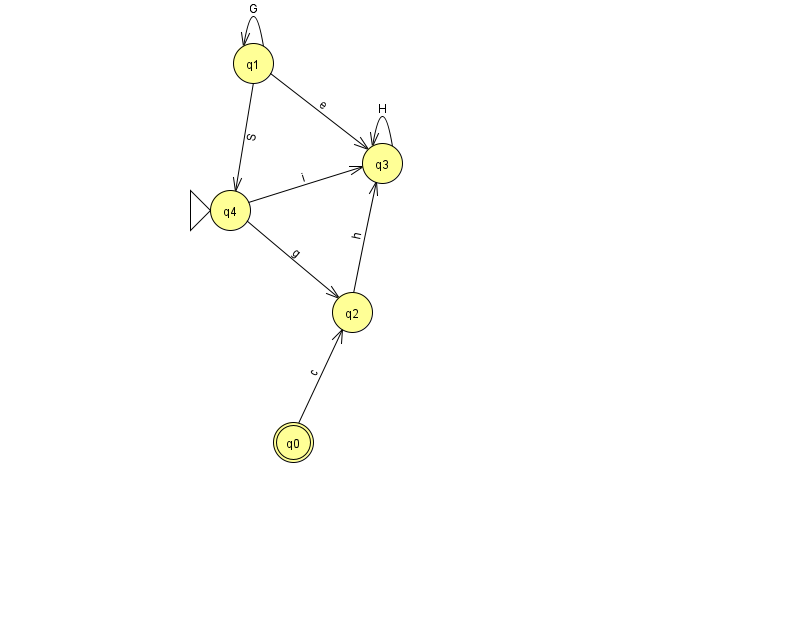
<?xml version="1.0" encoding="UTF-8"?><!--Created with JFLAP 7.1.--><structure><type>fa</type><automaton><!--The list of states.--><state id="0" name="q0"><x>293.0</x><y>429.0</y><final/></state><state id="1" name="q1"><x>253.0</x><y>50.0</y></state><state id="2" name="q2"><x>352.0</x><y>299.0</y></state><state id="3" name="q3"><x>382.0</x><y>150.0</y></state><state id="4" name="q4"><x>230.0</x><y>197.0</y><initial/></state><!--The list of transitions.--><transition><from>4</from><to>2</to><read>g</read></transition><transition><from>1</from><to>4</to><read>S</read></transition><transition><from>1</from><to>3</to><read>e</read></transition><transition><from>1</from><to>1</to><read>G</read></transition><transition><from>3</from><to>3</to><read>H</read></transition><transition><from>4</from><to>3</to><read>i</read></transition><transition><from>2</from><to>3</to><read>h</read></transition><transition><from>0</from><to>2</to><read>c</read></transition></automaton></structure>